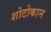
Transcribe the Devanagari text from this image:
शोटोकान